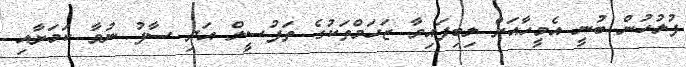
ފުލުހުން ބުނީ އެމީހާއަށް ލިބިފައިވާ ޒަހަމްތަކުގެ ތަފުސީލް އަދި ސާފު ނުވާ ކަމަށާއި